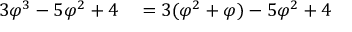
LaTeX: \begin{array} { r l } { 3 \varphi ^ { 3 } - 5 \varphi ^ { 2 } + 4 } & { { } = 3 ( \varphi ^ { 2 } + \varphi ) - 5 \varphi ^ { 2 } + 4 } \end{array}